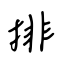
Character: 排